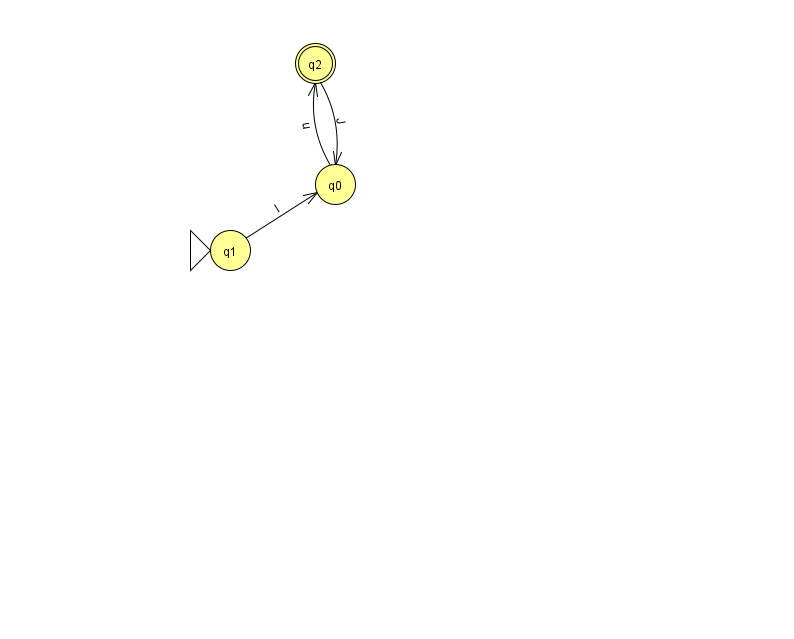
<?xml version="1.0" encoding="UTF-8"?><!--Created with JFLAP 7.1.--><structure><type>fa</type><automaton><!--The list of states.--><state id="0" name="q0"><x>335.0</x><y>171.0</y></state><state id="1" name="q1"><x>230.0</x><y>237.0</y><initial/></state><state id="2" name="q2"><x>315.0</x><y>50.0</y><final/></state><!--The list of transitions.--><transition><from>1</from><to>0</to><read>l</read></transition><transition><from>2</from><to>0</to><read>J</read></transition><transition><from>0</from><to>2</to><read>u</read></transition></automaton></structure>